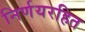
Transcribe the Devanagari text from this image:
निर्णयरहित